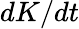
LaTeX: dK/dt